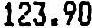
123.90